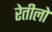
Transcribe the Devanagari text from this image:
रेतीलो